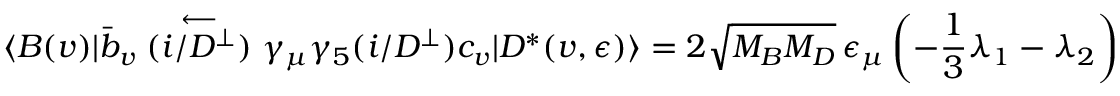
\langle B ( v ) | \bar { b } _ { v } \stackrel { \longleftarrow } { ( i \slash { D } ^ { \perp } ) } \gamma _ { \mu } \gamma _ { 5 } ( i \slash { D } ^ { \perp } ) c _ { v } | D ^ { * } ( v , \epsilon ) \rangle = 2 \sqrt { M _ { B } M _ { D } } \, \epsilon _ { \mu } \left( - \frac { 1 } { 3 } \lambda _ { 1 } - \lambda _ { 2 } \right)